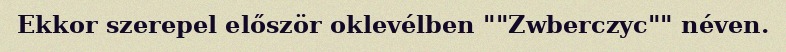
Ekkor szerepel először oklevélben ""Zwberczyc"" néven.